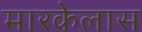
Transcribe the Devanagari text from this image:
मारकेलास